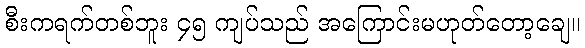
စီးကရက်တစ်ဘူး ၄၅ ကျပ်သည် အကြောင်းမဟုတ်တော့ချေ။